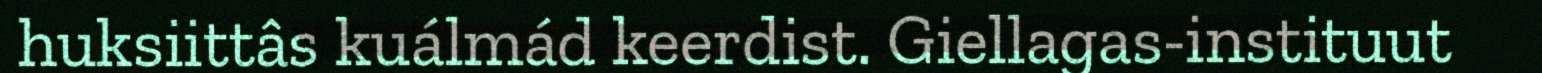
huksiittâs kuálmád keerdist. Giellagas-instituut